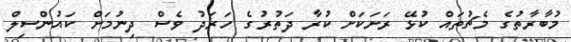
މުބާރާތުގެ މެޗުތައް ކުޅޭ ރަށަކަށް ކުރާ ދަތުރުގެ ހަރަދު ވެސް ދިނުމަށް ކައުންސިލް